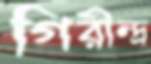
গিরীন্দ্র